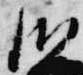
御